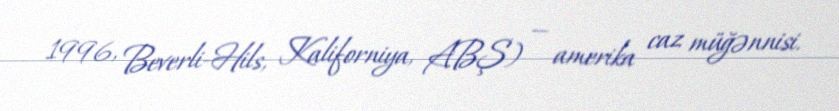
1996, Beverli-Hils, Kaliforniya, ABŞ) — amerika caz müğənnisi.